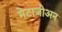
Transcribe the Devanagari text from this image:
मेटाजोअन